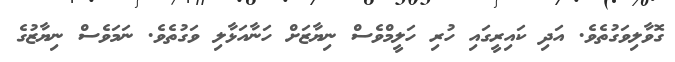
ގޮވާލިވަގުތެވެ. އަދި ކައިރީގައި ހުރި ހަލީމްވެސް ނިޔާޒަށް ހަނާއަޅާލި ވަގުތެވެ. ނަމަވެސް ނިޔާޒުގެ